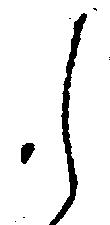
し